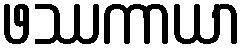
ဖဿကာယာ